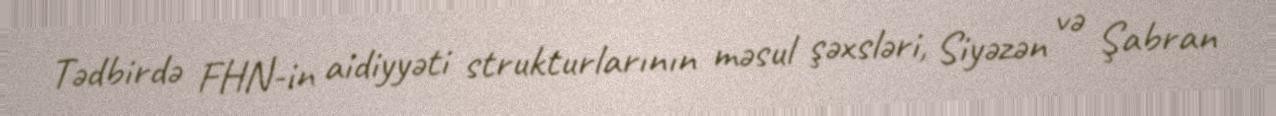
Tədbirdə FHN-in aidiyyəti strukturlarının məsul şəxsləri, Siyəzən və Şabran